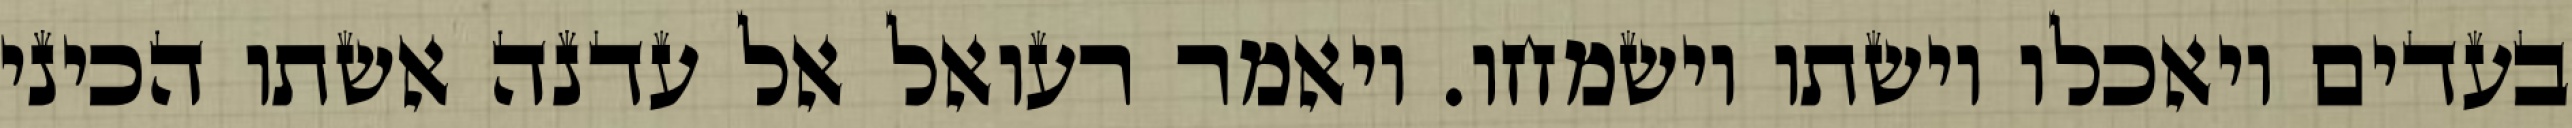
בעדים ויאכלו וישתו וישמחו. ויאמר רעואל אל עדנה אשתו הכיני